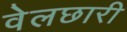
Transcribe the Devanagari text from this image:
वेलछारी